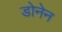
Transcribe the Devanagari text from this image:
डोनेन